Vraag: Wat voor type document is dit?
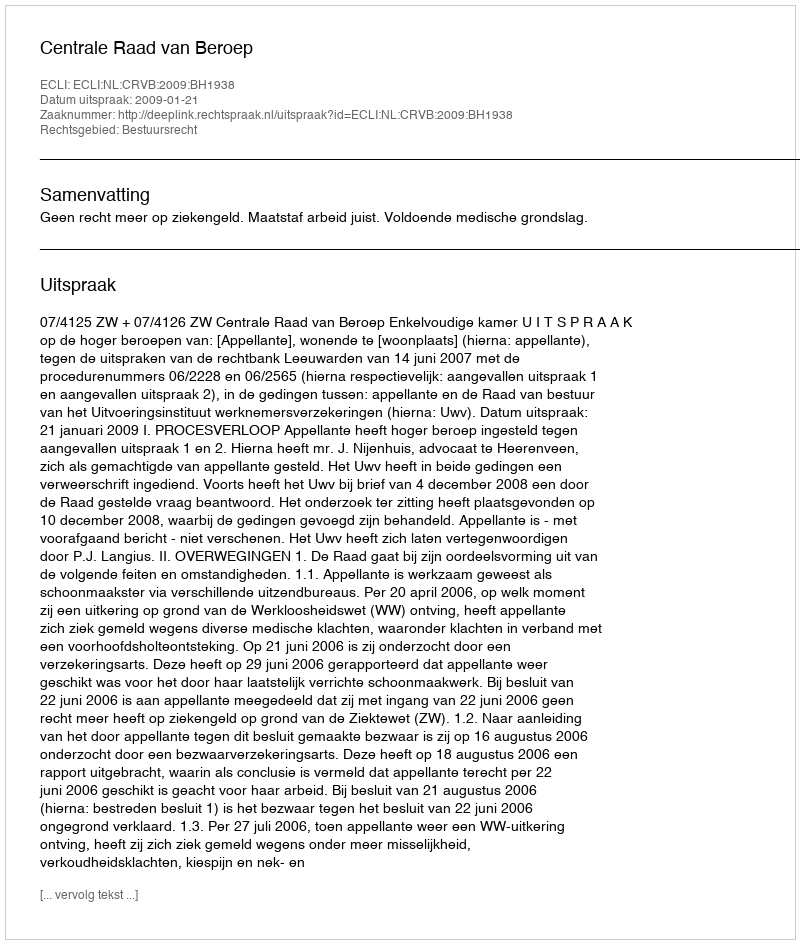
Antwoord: Uitspraak